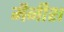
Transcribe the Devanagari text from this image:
मैनीश